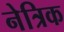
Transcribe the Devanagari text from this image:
नेत्रिक